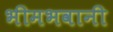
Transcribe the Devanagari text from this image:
भीमभवानी